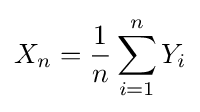
X_{n}={\frac {1}{n}}\sum _{i=1}^{n}Y_{i}